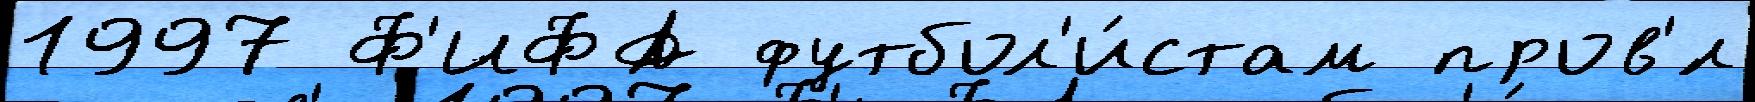
1997 Ф'ИФА футбол'и́стам пров'́л